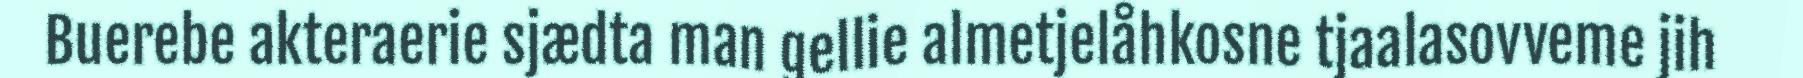
Buerebe akteraerie sjædta man gellie almetjelåhkosne tjaalasovveme jih